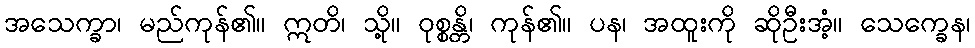
အသေက္ခာ၊ မည်ကုန်၏။ ဣတိ၊ သို့။ ဝုစ္စန္တိ၊ ကုန်၏။ ပန၊ အထူးကို ဆိုဦးအံ့။ သေက္ခေန၊